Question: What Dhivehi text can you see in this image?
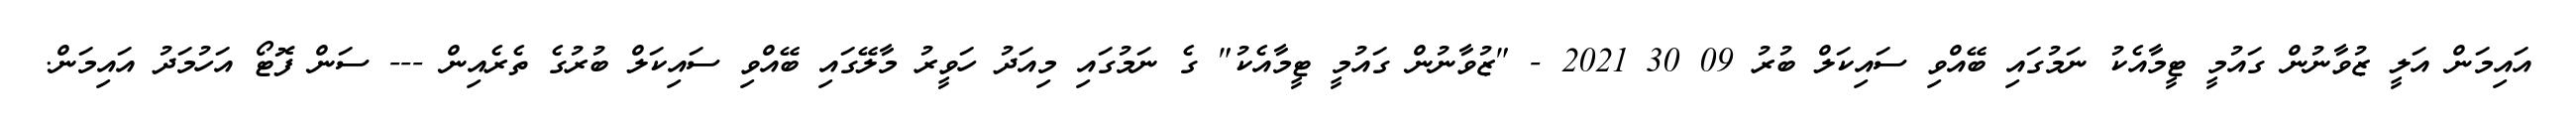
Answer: އައިމަން އަލީ ޒުވާނުން ގައުމީ ޓީމާއެކު ނަމުގައި ބޭއްވި ސައިކަލް ބުރު 09 30 2021 - "ޒުވާނުން ގައުމީ ޓީމާއެކު" ގެ ނަމުގައި މިއަދު ހަވީރު މާލޭގައި ބޭއްވި ސައިކަލް ބުރުގެ ތެރެއިން --- ސަން ފޮޓޯ އަހުމަދު އައިމަން.